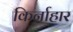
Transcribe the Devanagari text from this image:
किर्नाहार